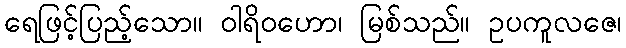
ရေဖြင့်ပြည့်သော။ ဝါရိဝဟော၊ မြစ်သည်။ ဥပကူလဇေ၊